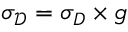
\sigma _ { \mathscr D } = \sigma _ { D } \times g